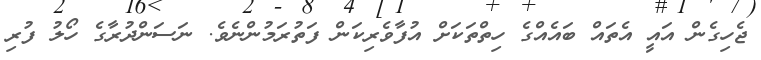
ޖެހިގެން އައީ އެތައް ބައެއްގެ ހިތްތަކަށް އުފާވެރިކަން ފަތުރަމުންނެވެ. ނަސަންދުރާގެ ހޯލު ފުރި